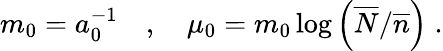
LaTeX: m_{0}=a_{0}^{-1}\quad,\quad\mu_{0}=m_{0}\log\left(\overline{{N}}/\overline{{n}}\right)\; .